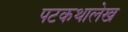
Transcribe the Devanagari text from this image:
पटकथालेख